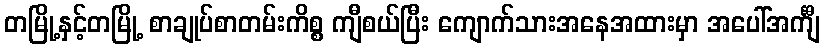
တမြို့နှင့်တမြို့ စာချုပ်စာတမ်းကိစ္စ ကျီစယ်ပြီး ကျောက်သားအနေအထားမှာ အပေါ်အင်္ကျီ